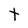
Character: t